Report of the Imperial Institute of Veterinary Research, Muktesar
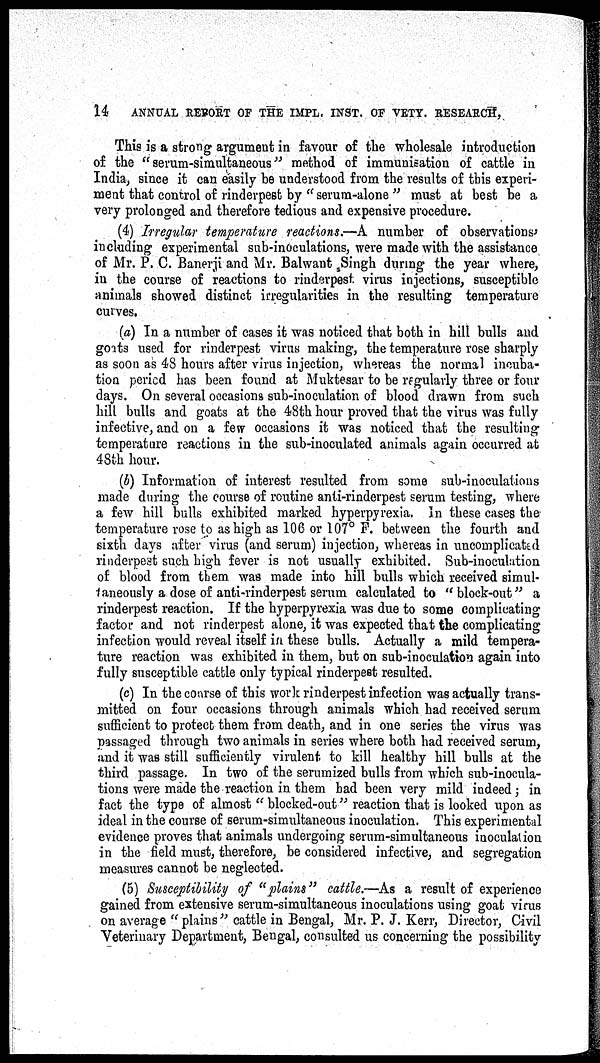
14 ANNUAL REPORT OF THE IMPL. INST. OF VETY. RESEARCH,
This is a strong argument in favour of the wholesale introduction
of the " serum-simultaneous" method of immunisation of cattle in
India, since it can easily be understood from the results of this experi-
ment that control of rinderpest by " serum-alone " must at best be a
very prolonged and therefore tedious and expensive procedure.
(4) Irregular temperature reactions.—A number of observations'
including experimental sub-inoculations, were made with the assistance
of Mr. P. C. Banerji and Mr. Balwant Singh during the year where,
in the course of reactions to rinderpest virus injections, susceptible
animals showed distinct irregularities in the resulting temperature
curves.
(a) In a number of cases it was noticed that both in hill bulls and
goats used for rinderpest virus making, the temperature rose sharply
as soon as 48 hours after virus injection, whereas the normal incuba-
tion period has been found at Muktesar to be regularly three or four
days. On several occasions sub-inoculation of blood drawn from such
hill bulls and goats at the 48th hour proved that the virus was fully
infective, and on a few occasions it was noticed that the resulting
temperature reactions in the sub-inoculated animals again occurred at
48th hour.
(b) Information of interest resulted from some sub-inoculations
made during the course of routine anti-rinderpest serum testing, where
a few hill bulls exhibited marked hyperpyrexia. In these cases the
temperature rose to as high as 106 or 107° F. between the fourth and
sixth days after virus (and serum) injection, whereas in uncomplicated
rinderpest such high fever is not usually exhibited. Sub-inoculation
of blood from them. was made into hill bulls which received simul¬
taneously a dose of anti-rinderpest serum calculated to " block-out" a
rinderpest reaction. If the hyperpyrexia was due to some complicating
factor and not rinderpest alone, it was expected that the complicating
infection would reveal itself in these bulls. Actually a mild tempera-
ture reaction was exhibited in them, but on sub-inoculation again into
fully susceptible cattle only typical rinderpest resulted.
(c) In the course of this work rinderpest infection was actually trans-
mitted on four occasions through animals which had received serum
sufficient to protect them from death, and in one series the virus was
passaged through two animals in series where both had received serum,
and it was still sufficiently virulent to kill healthy hill bulls at the
third passage. In two of the serumized bulls from which sub-inocula-
tions were made the reaction in them had been very mild indeed; in
fact the type of almost " blocked-out" reaction that is looked upon as
ideal in the course of serum-simultaneous inoculation. This experimental
evidence proves that animals undergoing serum-simultaneous inoculation
in the field must, therefore, be considered infective, and segregation
measures cannot be neglected.
(5) Susceptibility of "plains" cattle.—As a result of experience
gained from extensive serum-simultaneous inoculations using goat virus
on average " plains " cattle in Bengal, Mr. P. J. Kerr, Director, Civil
Veterinary Department, Bengal, consulted us concerning the possibility